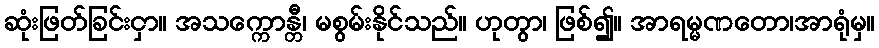
ဆုံးဖြတ်ခြင်းငှာ။ အသက္ကောန္တီ၊ မစွမ်းနိုင်သည်။ ဟုတွာ၊ ဖြစ်၍။ အာရမ္မဏတော၊အာရုံမှ။